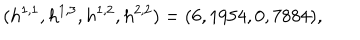
( h ^ { 1 , 1 } , h ^ { 1 , 3 } , h ^ { 1 , 2 } , h ^ { 2 , 2 } ) = ( 6 , 1 9 5 4 , 0 , 7 8 8 4 ) , \quad